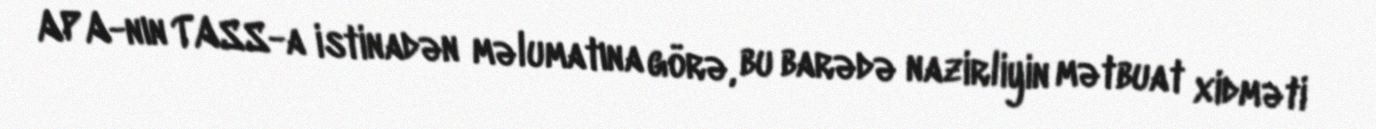
APA-nın TASS-a istinadən məlumatına görə, bu barədə nazirliyin mətbuat xidməti